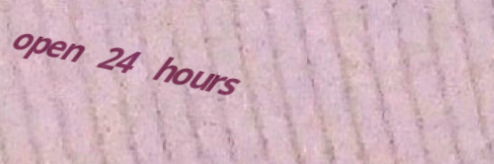
open 24 hours